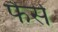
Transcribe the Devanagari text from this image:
फैर्स